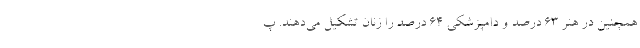
همچنین در هنر ۶۳ درصد و دامپزشکی ۶۴ درصد را زنان تشکیل می‌دهند. پ